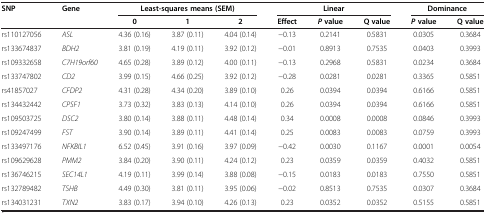
<table><thead><tr><td><b>SNP</b></td><td><b>Gene</b></td><td colspan="3"><b>Least-squares means (SEM)</b></td><td colspan="3"><b>Linear</b></td><td colspan="2"><b>Dominance</b></td></tr><tr><td><b> </b></td><td><b> </b></td><td><b>0</b></td><td><b>1</b></td><td><b>2</b></td><td><b>Effect</b></td><td><b><i>P </i>value</b></td><td><b>Q value</b></td><td><b><i>P </i>value</b></td><td><b>Q value</b></td></tr></thead><tbody><tr><td>rs110127056</td><td><i>ASL</i></td><td>4.36 (0.16)</td><td>3.87 (0.11)</td><td>4.04 (0.14)</td><td>−0.13</td><td>0.2141</td><td>0.5831</td><td>0.0305</td><td>0.3684</td></tr><tr><td>rs133674837</td><td><i>BDH2</i></td><td>3.81 (0.19)</td><td>4.19 (0.11)</td><td>3.92 (0.12)</td><td>−0.01</td><td>0.8913</td><td>0.7535</td><td>0.0403</td><td>0.3993</td></tr><tr><td>rs109332658</td><td><i>C7H19orf60</i></td><td>4.65 (0.28)</td><td>3.89 (0.12)</td><td>4.00 (0.11)</td><td>−0.13</td><td>0.2968</td><td>0.5831</td><td>0.0234</td><td>0.3684</td></tr><tr><td>rs133747802</td><td><i>CD2</i></td><td>3.99 (0.15)</td><td>4.66 (0.25)</td><td>3.92 (0.12)</td><td>−0.28</td><td>0.0281</td><td>0.0281</td><td>0.3365</td><td>0.5851</td></tr><tr><td>rs41857027</td><td><i>CFDP2</i></td><td>4.31 (0.28)</td><td>4.34 (0.20)</td><td>3.89 (0.10)</td><td>0.26</td><td>0.0394</td><td>0.0394</td><td>0.6166</td><td>0.5851</td></tr><tr><td>rs134432442</td><td><i>CPSF1</i></td><td>3.73 (0.32)</td><td>3.83 (0.13)</td><td>4.14 (0.10)</td><td>0.26</td><td>0.0394</td><td>0.0394</td><td>0.6166</td><td>0.5851</td></tr><tr><td>rs109503725</td><td><i>DSC2</i></td><td>3.80 (0.14)</td><td>3.88 (0.11)</td><td>4.48 (0.14)</td><td>0.34</td><td>0.0008</td><td>0.0008</td><td>0.0846</td><td>0.3993</td></tr><tr><td>rs109247499</td><td><i>FST</i></td><td>3.90 (0.14)</td><td>3.89 (0.11)</td><td>4.41 (0.14)</td><td>0.25</td><td>0.0083</td><td>0.0083</td><td>0.0759</td><td>0.3993</td></tr><tr><td>rs133497176</td><td><i>NFKBIL1</i></td><td>6.52 (0.45)</td><td>3.91 (0.16)</td><td>3.97 (0.09)</td><td>−0.42</td><td>0.0030</td><td>0.1167</td><td>0.0001</td><td>0.0054</td></tr><tr><td>rs109629628</td><td><i>PMM2</i></td><td>3.84 (0.20)</td><td>3.90 (0.11)</td><td>4.24 (0.12)</td><td>0.23</td><td>0.0359</td><td>0.0359</td><td>0.4032</td><td>0.5851</td></tr><tr><td>rs136746215</td><td><i>SEC14L1</i></td><td>4.19 (0.11)</td><td>3.99 (0.14)</td><td>3.88 (0.08)</td><td>−0.15</td><td>0.0183</td><td>0.0183</td><td>0.7550</td><td>0.5851</td></tr><tr><td>rs132789482</td><td><i>TSHB</i></td><td>4.49 (0.30)</td><td>3.81 (0.11)</td><td>3.95 (0.06)</td><td>−0.02</td><td>0.8513</td><td>0.7535</td><td>0.0307</td><td>0.3684</td></tr><tr><td>rs134031231</td><td><i>TXN2</i></td><td>3.83 (0.17)</td><td>3.94 (0.10)</td><td>4.26 (0.13)</td><td>0.23</td><td>0.0352</td><td>0.0352</td><td>0.5155</td><td>0.5851</td></tr></tbody></table>